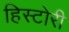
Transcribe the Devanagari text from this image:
हिस्टोरी